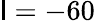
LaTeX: \mathsf{l}=-60